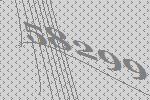
58299